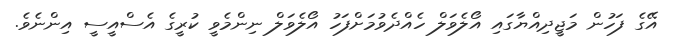
އޭގެ ފަހުން މަޖީދިއްޔާގައި އޯލެވަލް ހެއްދެވުމަށްފަހު އޯލެވަލް ނިންމެވީ ކުރީގެ އެސްއީސީ އިންނެވެ.